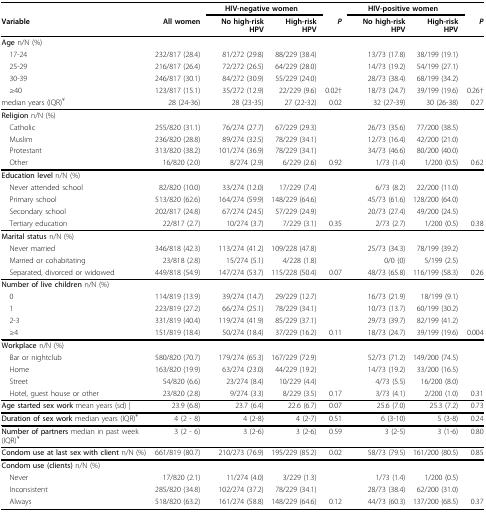
<table><thead><tr><td></td><td></td><td colspan="2"><b>HIV-negative women</b></td><td></td><td colspan="2"><b>HIV-positive women</b></td><td></td></tr><tr><td><b>Variable</b></td><td><b>All women</b></td><td><b>No high-risk HPV</b></td><td><b>High-risk HPV</b></td><td><b><i>P</i></b></td><td><b>No high-risk HPV</b></td><td><b>High-risk HPV</b></td><td><b><i>P</i></b></td></tr></thead><tbody><tr><td><b>Age </b>n/N (%)</td><td></td><td></td><td></td><td></td><td></td><td></td><td></td></tr><tr><td> 17-24</td><td>232/817 (28.4)</td><td>81/272 (29.8)</td><td>88/229 (38.4)</td><td></td><td>13/73 (17.8)</td><td>38/199 (19.1)</td><td></td></tr><tr><td> 25-29</td><td>216/817 (26.4)</td><td>72/272 (26.5)</td><td>64/229 (28.0)</td><td></td><td>14/73 (19.2)</td><td>54/199 (27.1)</td><td></td></tr><tr><td> 30-39</td><td>246/817 (30.1)</td><td>84/272 (30.9)</td><td>55/229 (24.0)</td><td></td><td>28/73 (38.4)</td><td>68/199 (34.2)</td><td></td></tr><tr><td> ≥40</td><td>123/817 (15.1)</td><td>35/272 (12.9)</td><td>22/229 (9.6)</td><td>0.02†</td><td>18/73 (24.7)</td><td>39/199 (19.6)</td><td>0.26†</td></tr><tr><td>median years (IQR)<sup>¥</sup></td><td>28 (24-36)</td><td>28 (23-35)</td><td>27 (22-32)</td><td>0.02</td><td>32 (27-39)</td><td>30 (26-38)</td><td>0.27</td></tr><tr><td><b>Religion </b>n/N (%)</td><td></td><td></td><td></td><td></td><td></td><td></td><td></td></tr><tr><td> Catholic</td><td>255/820 (31.1)</td><td>76/274 (27.7)</td><td>67/229 (29.3)</td><td></td><td>26/73 (35.6)</td><td>77/200 (38.5)</td><td></td></tr><tr><td> Muslim</td><td>236/820 (28.8)</td><td>89/274 (32.5)</td><td>78/229 (34.1)</td><td></td><td>12/73 (16.4)</td><td>42/200 (21.0)</td><td></td></tr><tr><td> Protestant</td><td>313/820 (38.2)</td><td>101/274 (36.9)</td><td>78/229 (34.1)</td><td></td><td>34/73 (46.6)</td><td>80/200 (40.0)</td><td></td></tr><tr><td> Other</td><td>16/820 (2.0)</td><td>8/274 (2.9)</td><td>6/229 (2.6)</td><td>0.92</td><td>1/73 (1.4)</td><td>1/200 (0.5)</td><td>0.62</td></tr><tr><td><b>Education level </b>n/N (%)</td><td></td><td></td><td></td><td></td><td></td><td></td><td></td></tr><tr><td> Never attended school</td><td>82/820 (10.0)</td><td>33/274 (12.0)</td><td>17/229 (7.4)</td><td></td><td>6/73 (8.2)</td><td>22/200 (11.0)</td><td></td></tr><tr><td> Primary school</td><td>513/820 (62.6)</td><td>164/274 (59.9)</td><td>148/229 (64.6)</td><td></td><td>45/73 (61.6)</td><td>128/200 (64.0)</td><td></td></tr><tr><td> Secondary school</td><td>202/817 (24.8)</td><td>67/274 (24.5)</td><td>57/229 (24.9)</td><td></td><td>20/73 (27.4)</td><td>49/200 (24.5)</td><td></td></tr><tr><td> Tertiary education</td><td>22/817 (2.7)</td><td>10/274 (3.7)</td><td>7/229 (3.1)</td><td>0.35</td><td>2/73 (2.7)</td><td>1/200 (0.5)</td><td>0.38</td></tr><tr><td><b>Marital status </b>n/N (%)</td><td></td><td></td><td></td><td></td><td></td><td></td><td></td></tr><tr><td> Never married</td><td>346/818 (42.3)</td><td>113/274 (41.2)</td><td>109/228 (47.8)</td><td></td><td>25/73 (34.3)</td><td>78/199 (39.2)</td><td></td></tr><tr><td> Married or cohabitating</td><td>23/818 (2.8)</td><td>15/274 (5.1)</td><td>4/228 (1.8)</td><td></td><td>0/0 (0)</td><td>5/199 (2.5)</td><td></td></tr><tr><td> Separated, divorced or widowed</td><td>449/818 (54.9)</td><td>147/274 (53.7)</td><td>115/228 (50.4)</td><td>0.07</td><td>48/73 (65.8)</td><td>116/199 (58.3)</td><td>0.26</td></tr><tr><td><b>Number of live children </b>n/N (%)</td><td></td><td></td><td></td><td></td><td></td><td></td><td></td></tr><tr><td> 0</td><td>114/819 (13.9)</td><td>39/274 (14.7)</td><td>29/229 (12.7)</td><td></td><td>16/73 (21.9)</td><td>18/199 (9.1)</td><td></td></tr><tr><td> 1</td><td>223/819 (27.2)</td><td>66/274 (25.1)</td><td>78/229 (34.1)</td><td></td><td>10/73 (13.7)</td><td>60/199 (30.2)</td><td></td></tr><tr><td> 2-3</td><td>331/819 (40.4)</td><td>119/274 (41.9)</td><td>85/229 (37.1)</td><td></td><td>29/73 (39.7)</td><td>82/199 (41.2)</td><td></td></tr><tr><td> ≥4</td><td>151/819 (18.4)</td><td>50/274 (18.4)</td><td>37/229 (16.2)</td><td>0.11</td><td>18/73 (24.7)</td><td>39/199 (19.6)</td><td>0.004</td></tr><tr><td><b>Workplace </b>n/N (%)</td><td></td><td></td><td></td><td></td><td></td><td></td><td></td></tr><tr><td> Bar or nightclub</td><td>580/820 (70.7)</td><td>179/274 (65.3)</td><td>167/229 (72.9)</td><td></td><td>52/73 (71.2)</td><td>149/200 (74.5)</td><td></td></tr><tr><td> Home</td><td>163/820 (19.9)</td><td>63/274 (23.0)</td><td>44/229 (19.2)</td><td></td><td>14/73 (19.2)</td><td>33/200 (16.5)</td><td></td></tr><tr><td> Street</td><td>54/820 (6.6)</td><td>23/274 (8.4)</td><td>10/229 (4.4)</td><td></td><td>4/73 (5.5)</td><td>16/200 (8.0)</td><td></td></tr><tr><td> Hotel, guest house or other</td><td>23/820 (2.8)</td><td>9/274 (3.3)</td><td>8/229 (3.5)</td><td>0.17</td><td>3/73 (4.1)</td><td>2/200 (1.0)</td><td>0.31</td></tr><tr><td><b>Age started sex work </b>mean years (sd) |</td><td>23.9 (6.8)</td><td>23.7 (6.4)</td><td>22.6 (6.7)</td><td>0.07</td><td>25.6 (7.0)</td><td>25.3 (7.2)</td><td>0.73</td></tr><tr><td><b>Duration of sex work </b>median years (IQR)<sup>¥</sup></td><td>4 (2 - 8)</td><td>4 (2-8)</td><td>4 (2-7)</td><td>0.51</td><td>6 (3-10)</td><td>5 (3-8)</td><td>0.24</td></tr><tr><td><b>Number of partners </b>median in past week (IQR)<sup>¥</sup></td><td>3 (2 - 6)</td><td>3 (2-6)</td><td>3 (2-6)</td><td>0.59</td><td>3 (2-5)</td><td>3 (1-6)</td><td>0.80</td></tr><tr><td><b>Condom use at last sex with client </b>n/N (%)</td><td>661/819 (80.7)</td><td>210/273 (76.9)</td><td>195/229 (85.2)</td><td>0.02</td><td>58/73 (79.5)</td><td>161/200 (80.5)</td><td>0.85</td></tr><tr><td><b>Condom use (clients) </b>n/N (%)</td><td></td><td></td><td></td><td></td><td></td><td></td><td></td></tr><tr><td> Never</td><td>17/820 (2.1)</td><td>11/274 (4.0)</td><td>3/229 (1.3)</td><td></td><td>1/73 (1.4)</td><td>1/200 (0.5)</td><td></td></tr><tr><td> Inconsistent</td><td>285/820 (34.8)</td><td>102/274 (37.2)</td><td>78/229 (34.1)</td><td></td><td>28/73 (38.4)</td><td>62/200 (31.0)</td><td></td></tr><tr><td> Always</td><td>518/820 (63.2)</td><td>161/274 (58.8)</td><td>148/229 (64.6)</td><td>0.12</td><td>44/73 (60.3)</td><td>137/200 (68.5)</td><td>0.37</td></tr></tbody></table>